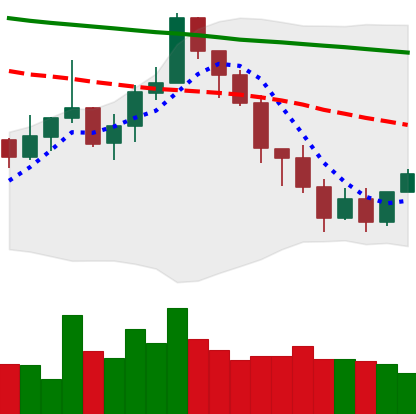
Ticker: XMR-USD
Chart end date: 2022-01-12
Forward return: 8.178%
Label: up_7plus